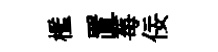
檻置莓佞